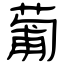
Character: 葡